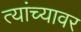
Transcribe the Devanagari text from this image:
त्यांच्यावर